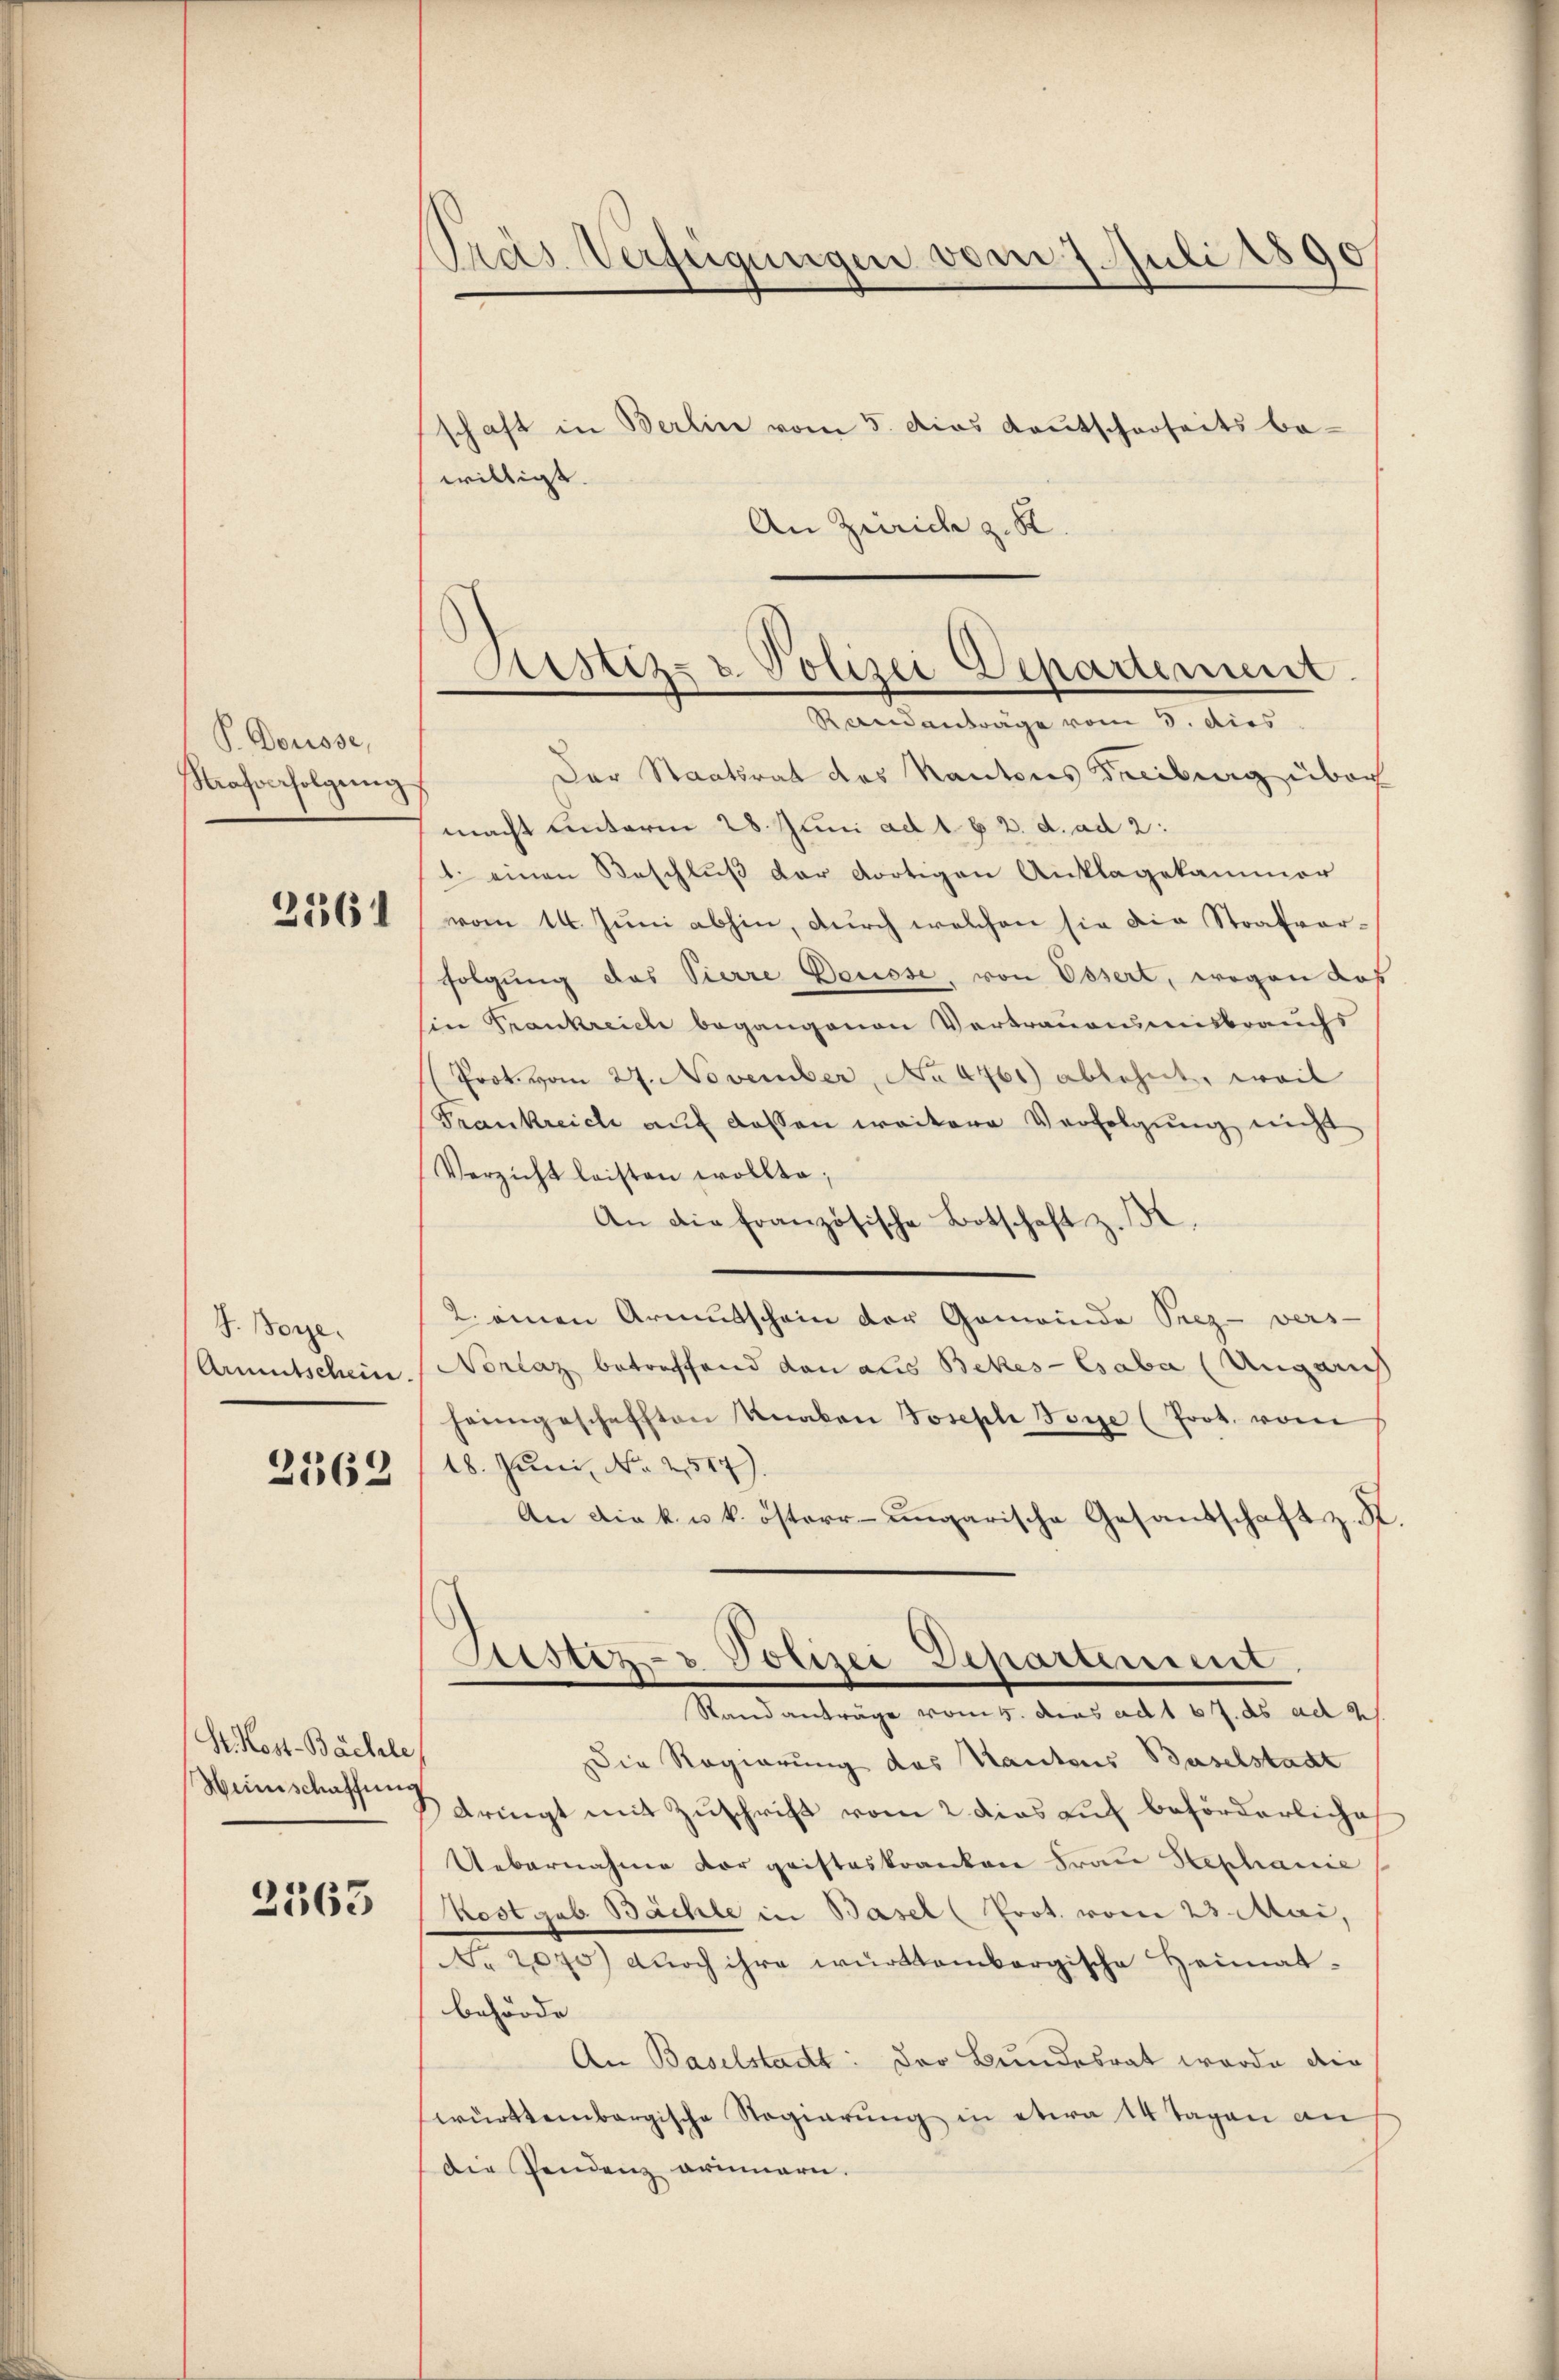
P. Douisse,
Strafverfolgung

21361

J. Boye.
Armutschein.

2362

St. Kost-Bächle,
Weinschaffung

2363

willigt.
An Zürich z. K.

Präs. Verfügungen vom 7. Juli 1890

schaft in Berlin vom 5. Das Kautscharseits be-

Astiz- & Polizei Departement
Randanträge vom 3. dies

Der Staatsrat des Kantons Freiburg über
macht unterm 28. Juni ad 1. b. 2. d. ad 2:
1. einen Beschluß der dortigen Anklagekammer
vom 14. Juni abhin, durch welchen sie die Strafvorfolgung des Vierre Beusse, von Ossert, wegen das
Ein Trankreich begangenen Vertrauensmisbrauchs
Prok. vom 27. November, No 4761) ablehnt, weil
Frankreich auf dessen weitere Verfolgung nicht
Verzicht leisten wollte;
An die französische Botschaft z.
2. einen Armutschein der Gemeinde Srez-vers-
Norlaz betreffend dann aus Bekes-Csaba (Ungaris
heimgeschafften Knaben Joseph Boye (Prot. vom
18. Juni, No 2,517)
An die k. u. k. österr-ungarische Gesandschaft z. K.

Justiz- & Polizei Departement.
Stand anträge vom 5. das ad 1 67. ds ad 2.

Die Regierung des Kantons Baselstadt
dringt mit Zuschrift vom 2 dies auf beförderliche
Uebernahme vor geisteskranken Frau Stephanie
Kostgab. Bächle in Basel (Prot. vom 23. Mai,
No. 2070) durch ihre württembergische Heimatbehörde |
An Baselstadt: Der Bundesrat werde die
württembergische Regierŭng in etwa 14 Tagen an
Die Pendenz erinnern.